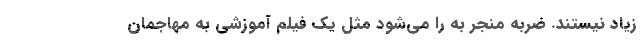
زیاد نیستند. ضربه منجر به را می‌شود مثل یک فیلم آموزشی به مهاجمان